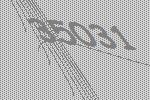
35031